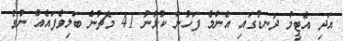
އަދި އެޓީމު ދަނޑުގައި އެންމެ ފަހުން ކުޅުނު 41 މެޗުން ބަލިވެފައެއް ނުވެ